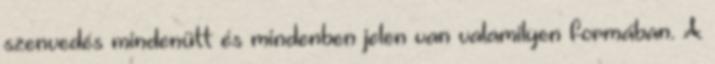
szenvedés mindenütt és mindenben jelen van valamilyen formában. A